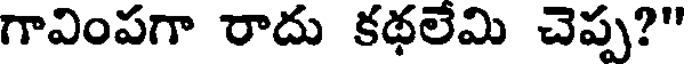
గావింపగా రాదు కథలేమి చెప్ప?"